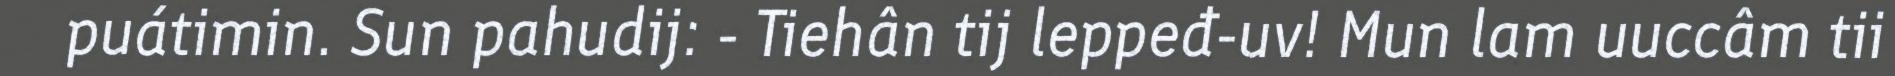
puátimin. Sun pahudij: - Tiehân tij leppeđ-uv! Mun lam uuccâm tii